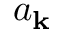
a _ { \mathbf { k } }